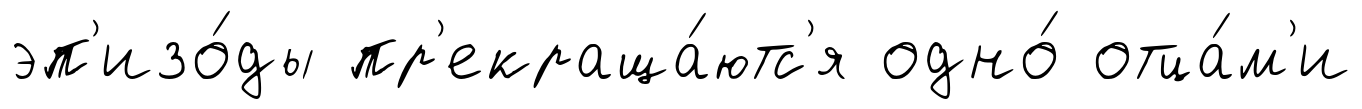
эп'изо́ды пр'екраща́ютс'я одно́ отца́м'и